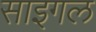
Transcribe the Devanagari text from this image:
साइगल